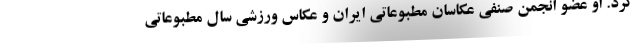
کرد. او عضو انجمن صنفی عکاسان مطبوعاتی ایران و عکاس ورزشی سال مطبوعاتی